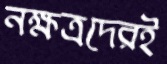
নক্ষত্রদেরই